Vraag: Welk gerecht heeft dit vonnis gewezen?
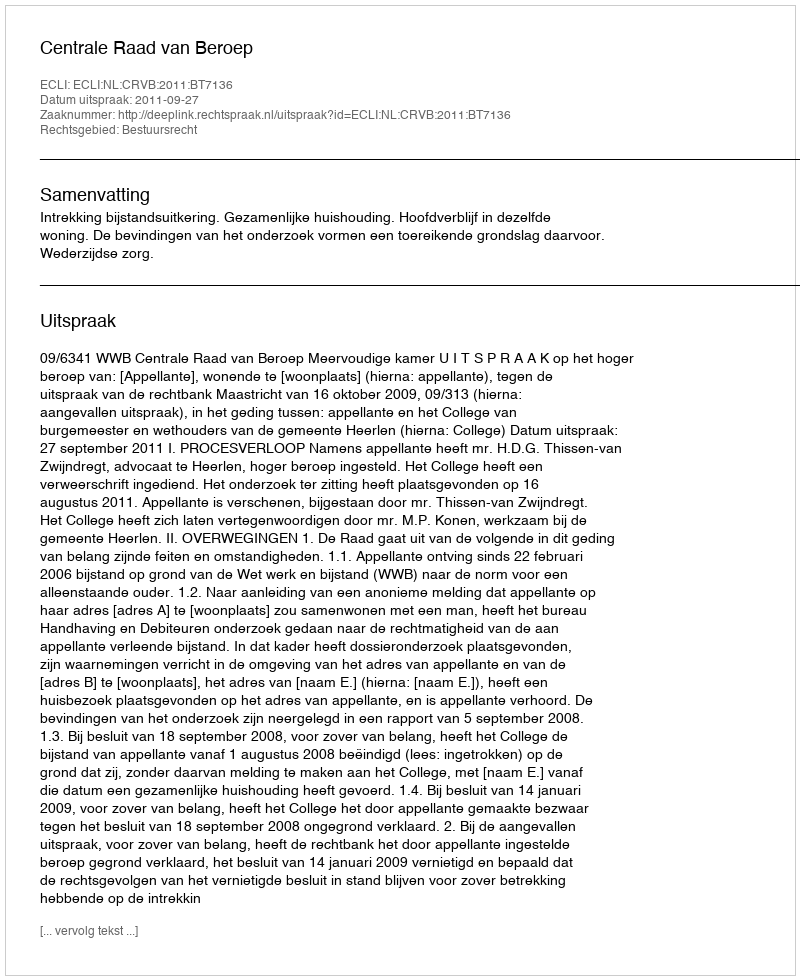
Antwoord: Centrale Raad van Beroep